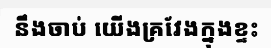
នឹងចាប់ យើងគ្រវែងក្នុងខ្ទះ